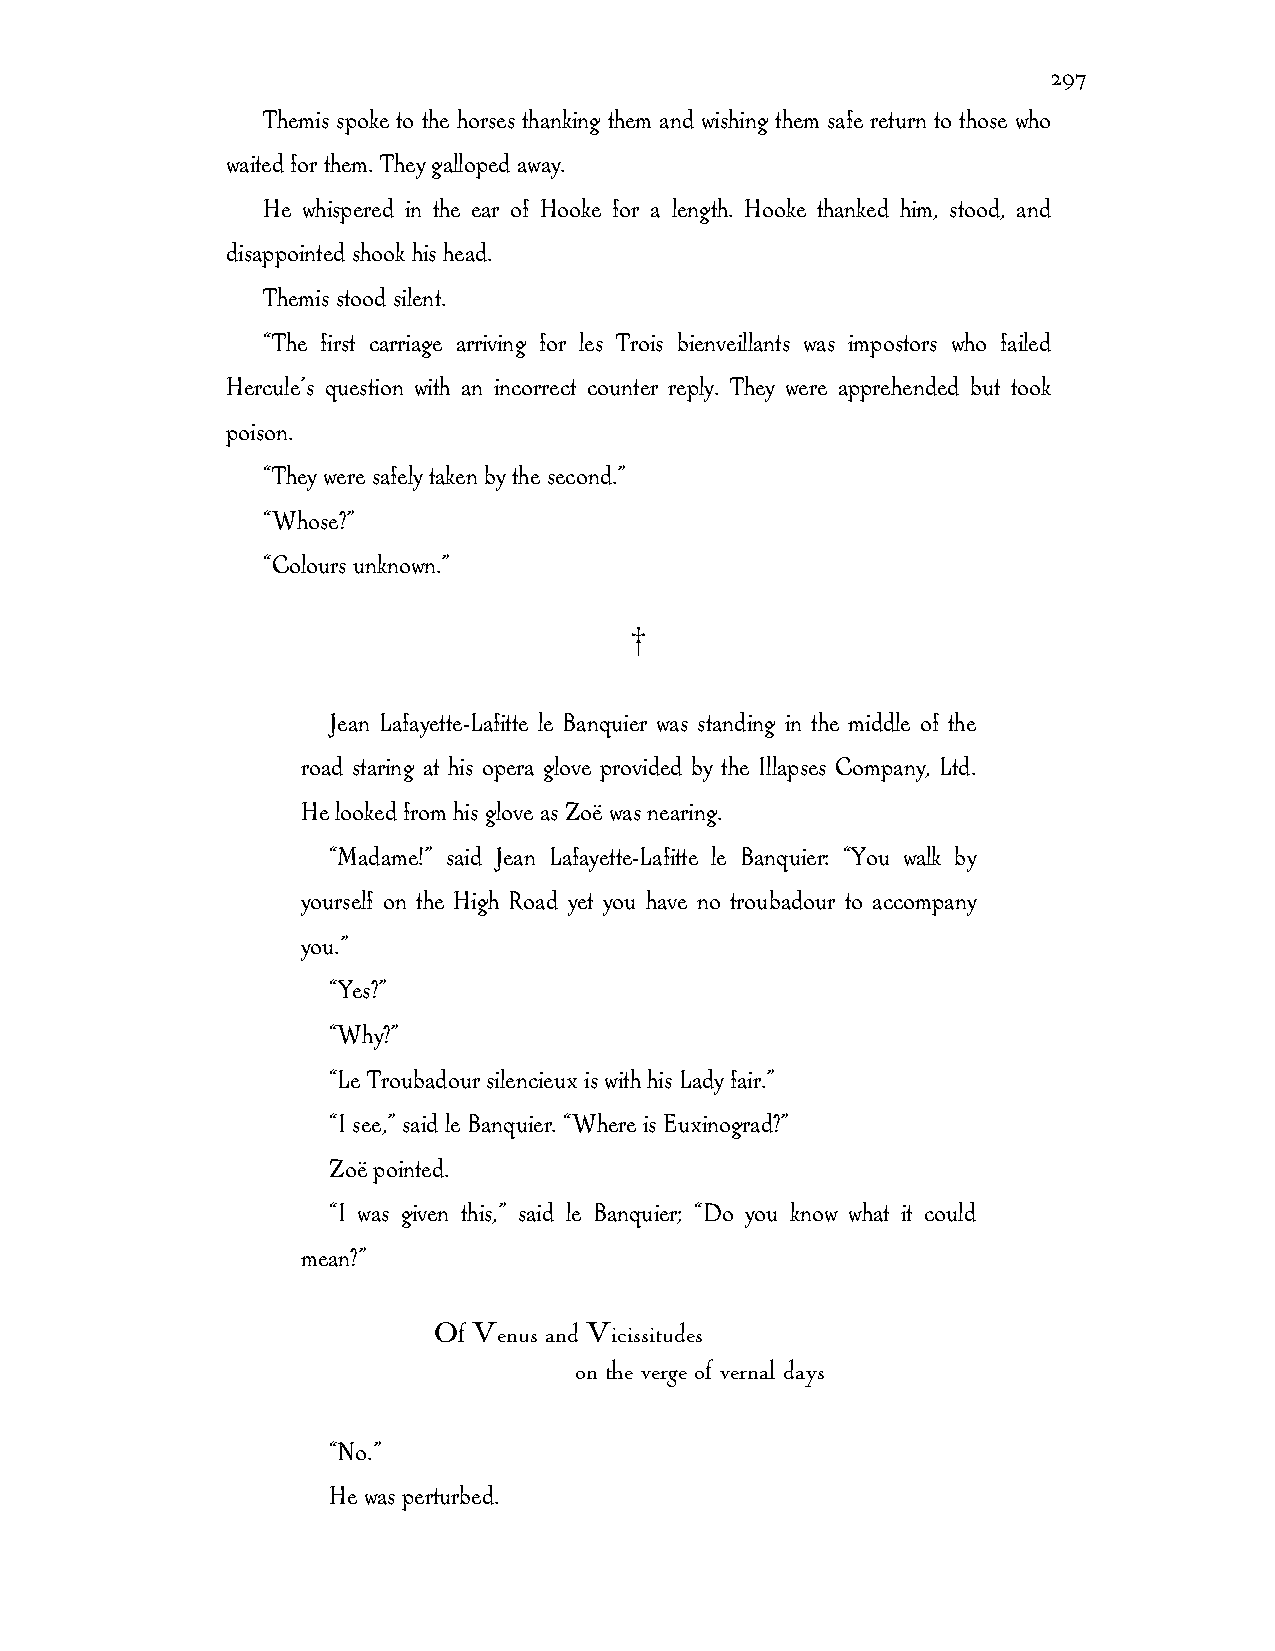
297
 Themis spoke to the horses thanking them and wishing them safe return to those who
 waited for them. They galloped away.
 He whispered in the ear of Hooke for a length. Hooke thanked him, stood, and
 disappointed shook his head.
 Themis stood silent.
 “The first carriage arriving for les Trois bienveillants was impostors who failed
 Hercule’s question with an incorrect counter reply. They were apprehended but took
 poison.
 “They were safely taken by the second.”
 “Whose?”
 “Colours unknown.”
 †
 Jean Lafayette-Lafitte le Banquier was standing in the middle of the
 road staring at his opera glove provided by the Illapses Company, Ltd.
 He looked from his glove as Zoë was nearing.
 “Madame!” said Jean Lafayette-Lafitte le Banquier: “You walk by
 yourself on the High Road yet you have no troubadour to accompany
 you.”
 “Yes?”
 “Why?”
 “Le Troubadour silencieux is with his Lady fair.”
 “I see,” said le Banquier. “Where is Euxinograd?”
 Zoë pointed.
 “I was given this,” said le Banquier; “Do you know what it could
 mean?”
 Of Venus and Vicissitudes
 on the verge of vernal days
 “No.”
 He was perturbed.